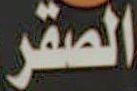
الصقر